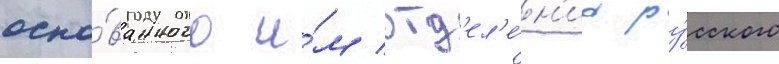
осно́ванного и́м отд'ел'е́н'иа ру́сского